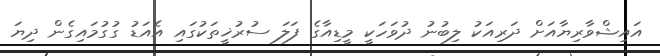
އައިޝްވާރިޔާއަށް ދަރިއަކު ލިބުނު ދުވަހަކީ މީޑިއާގެ ފަލަ ސުރުޚީތަކުގައި އެއަޑު ގުގުމައިގެން ދިޔަ